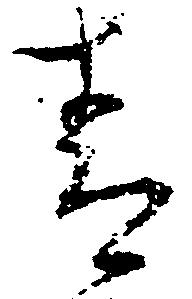
青